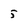
Character: 5